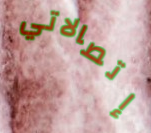
إتصالاتي